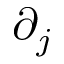
\partial _ { j }